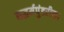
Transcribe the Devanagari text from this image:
सद्धर्मपुंडरीक।